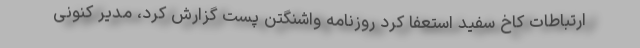
ارتباطات کاخ سفید استعفا کرد روزنامه واشنگتن پست گزارش کرد، مدیر کنونی